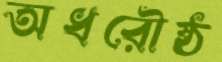
অধরৌষ্ঠ